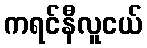
ကရင်နီလူငယ်